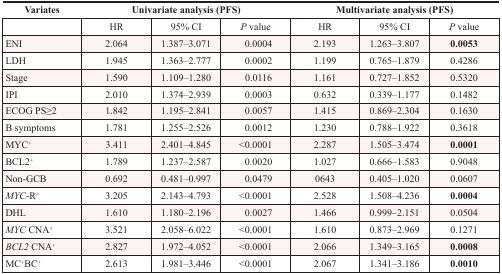
<table><thead><tr><td><b>Variates</b></td><td colspan="3"><b>Univariate analysis (PFS)</b></td><td colspan="3"><b>Multivariate analysis (PFS)</b></td></tr><tr><td></td><td><b>HR</b></td><td><b>95% CI</b></td><td><b><i>P</i> value</b></td><td><b>HR</b></td><td><b>95% CI</b></td><td><b><i>P</i> value</b></td></tr></thead><tbody><tr><td>ENI</td><td>2.064</td><td>1.387–3.071</td><td>0.0004</td><td>2.193</td><td>1.263–3.807</td><td><b>0.0053</b></td></tr><tr><td>LDH</td><td>1.945</td><td>1.363–2.777</td><td>0.0002</td><td>1.199</td><td>0.765–1.879</td><td>0.4286</td></tr><tr><td>Stage</td><td>1.590</td><td>1.109–1.280</td><td>0.0116</td><td>1.161</td><td>0.727–1.852</td><td>0.5320</td></tr><tr><td>IPI</td><td>2.010</td><td>1.374–2.939</td><td>0.0003</td><td>0.632</td><td>0.339–1.177</td><td>0.1482</td></tr><tr><td>ECOG PS≥2</td><td>1.842</td><td>1.195–2.841</td><td>0.0057</td><td>1.415</td><td>0.869–2.304</td><td>0.1630</td></tr><tr><td>B symptoms</td><td>1.781</td><td>1.255–2.526</td><td>0.0012</td><td>1.230</td><td>0.788–1.922</td><td>0.3618</td></tr><tr><td>MYC<sup>+</sup></td><td>3.411</td><td>2.401–4.845</td><td>&lt;0.0001</td><td>2.287</td><td>1.505–3.474</td><td><b>0.0001</b></td></tr><tr><td>BCL2<sup>+</sup></td><td>1.789</td><td>1.237–2.587</td><td>0.0020</td><td>1.027</td><td>0.666–1.583</td><td>0.9048</td></tr><tr><td>Non-GCB</td><td>0.692</td><td>0.481–0.997</td><td>0.0479</td><td>0643</td><td>0.405–1.020</td><td>0.0607</td></tr><tr><td><i>MYC</i>-R<sup>+</sup></td><td>3.205</td><td>2.143–4.793</td><td>&lt;0.0001</td><td>2.528</td><td>1.508–4.236</td><td><b>0.0004</b></td></tr><tr><td>DHL</td><td>1.610</td><td>1.180–2.196</td><td>0.0027</td><td>1.466</td><td>0.999–2.151</td><td>0.0504</td></tr><tr><td><i>MYC</i> CNA<sup>+</sup></td><td>3.521</td><td>2.058–6.022</td><td>&lt;0.0001</td><td>1.610</td><td>0.873–2.969</td><td>0.1271</td></tr><tr><td><i>BCL2</i> CNA<sup>+</sup></td><td>2.827</td><td>1.972–4.052</td><td>&lt;0.0001</td><td>2.066</td><td>1.349–3.165</td><td><b>0.0008</b></td></tr><tr><td>MC<sup>+</sup>BC<sup>+</sup></td><td>2.613</td><td>1.981–3.446</td><td>&lt;0.0001</td><td>2.067</td><td>1.341–3.186</td><td><b>0.0010</b></td></tr></tbody></table>